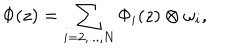
\Phi ( z ) = \sum _ { i = 2 , . . . , N } \Phi _ { i } ( z ) \otimes \omega _ { i } ,